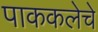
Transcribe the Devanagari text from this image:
पाककलेचे